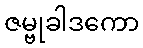
ဇမ္ဗုခါဒကော